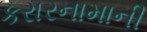
કરારનામાની